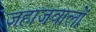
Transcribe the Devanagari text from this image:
जहाजवालों